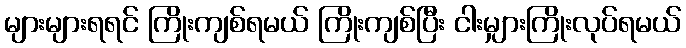
များများရရင် ကြိုးကျစ်ရမယ် ကြိုးကျစ်ပြီး ငါးမျှားကြိုးလုပ်ရမယ်